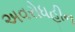
અવરોધહીન